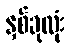
နှစ်ခုလုံး